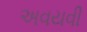
અવયવી